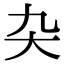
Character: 𭑂